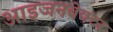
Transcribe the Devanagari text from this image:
आइजनवेक्टर